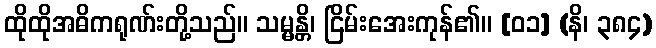
ထိုထိုအဓိကရုဏ်းတို့သည်။ သမ္မန္တိ၊ ငြိမ်းအေးကုန်၏။ [၀၁] (နိ၊ ၃၈၄)